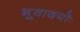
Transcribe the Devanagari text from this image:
भूवादयोः